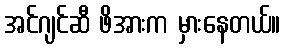
အင်ဂျင်ဆီ ဖိအားက မှားနေတယ်။